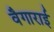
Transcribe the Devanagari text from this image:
वैगाराई